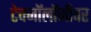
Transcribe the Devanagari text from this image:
टेक्नॉलॉजीवर